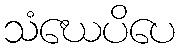
သံဃေပိပေ